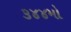
૩૪૪મો